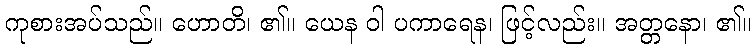
ကုစားအပ်သည်။ ဟောတိ၊ ၏။ ယေန ဝါ ပကာရေန၊ ဖြင့်လည်း။ အတ္တနော၊ ၏။